Annual administration report of the Civil Veterinary Department of India - 1899-1900
Year: 1899
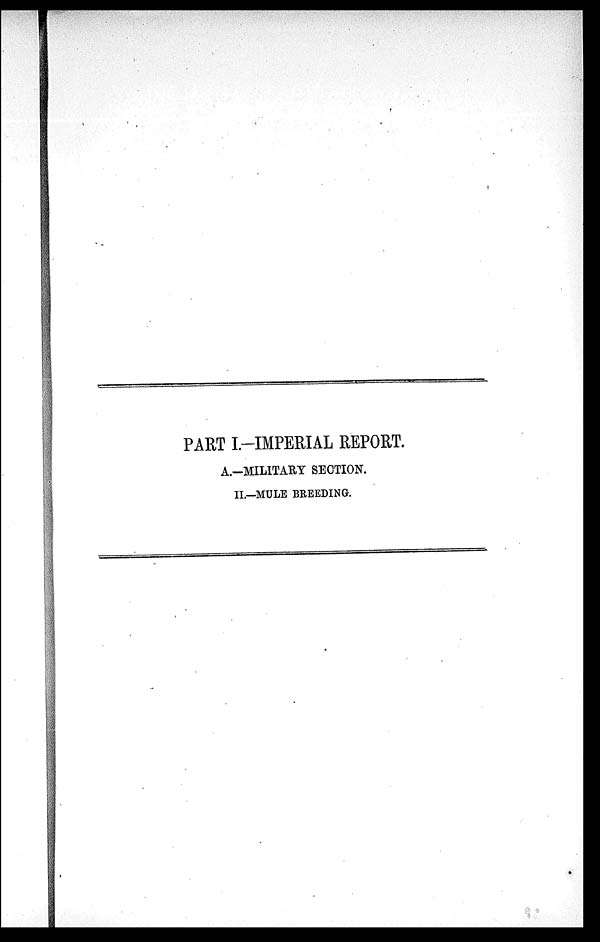
PART I.-IMPERIAL REPORT.
A.-MILITARY SECTION.
II.—MULE BREEDING.